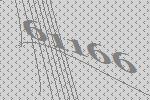
61166